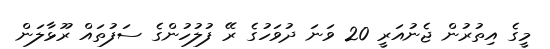
މީގެ އިތުރުން ޖެނުއަރީ 20 ވަނަ ދުވަހުގެ ރޭ ފުލުހުންގެ ސަފުތައް ރޫޅާލަން